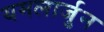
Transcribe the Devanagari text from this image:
यमलार्जुन